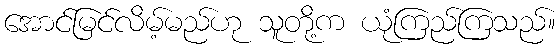
အောင်မြင်လိမ့်မည်ဟု သူတို့က ယုံကြည်ကြသည်။